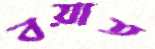
বয়াত